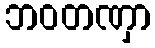
ဘဝတဏှာ